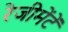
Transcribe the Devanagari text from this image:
रेजीमेंटें